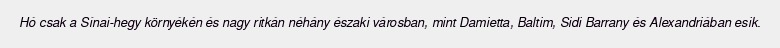
Hó csak a Sínai-hegy környékén és nagy ritkán néhány északi városban, mint Damietta, Baltim, Sidi Barrany és Alexandriában esik.